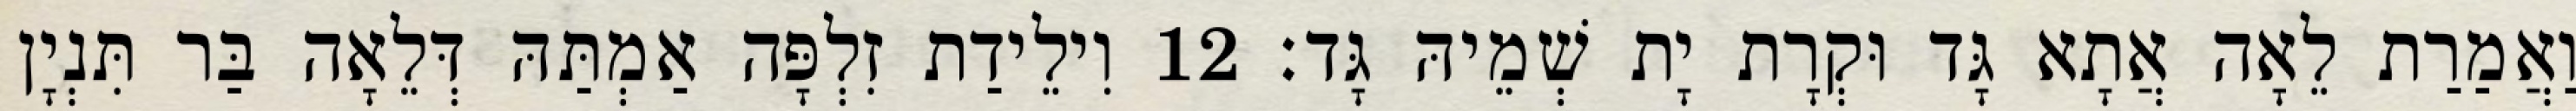
וַאֲמַרַת לֵאָה אֲתָא גָּד וּקְרָת יָת שְׁמֵיהּ גָּד׃ 12 וִילֵידַת זִלְפָּה אַמְתַּהּ דְּלֵאָה בַּר תִּנְיָן